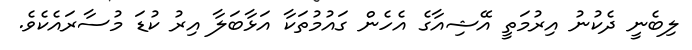
ލިބެނީ ދެކުނު އިރުމަތީ އޭޝިއާގެ އެހެން ގައުމުތަކާ އަޅާބަލާ އިރު ކުޑަ މުސާރައެކެވެ.